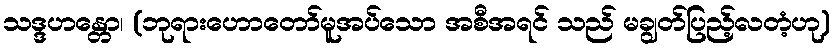
သဒ္ဒဟန္တော၊ (ဘုရားဟောတော်မူအပ်သော အစီအရင် သည် မချွတ်ပြည့်လတံ့ဟု)